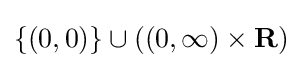
\{(0,0)\}\cup ((0,\infty )\times \mathbf {R} )